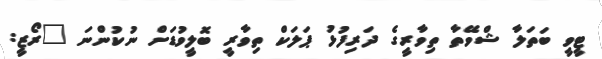
ޓީވީ ބަތަލާ ޝްވޭތާ ތިވާރީގެ ދަރިފުޅު ޕަލަކް ތިވާރީ ބޮލީވުޑަށް ނުކުންނަ "ރޯޒީ: